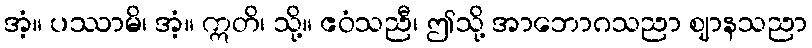
အံ့။ ပဿာမိ၊ အံ့။ ဣတိ၊ သို့။ ဧဝံသညီ၊ ဤသို့ အာဘောဂသညာ ဈာနသညာ